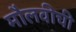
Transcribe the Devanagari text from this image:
मौलवीची